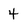
Character: 4